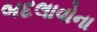
બદલાવોના